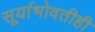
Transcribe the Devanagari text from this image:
सूर्याभोवतीही